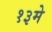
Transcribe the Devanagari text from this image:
१३मे